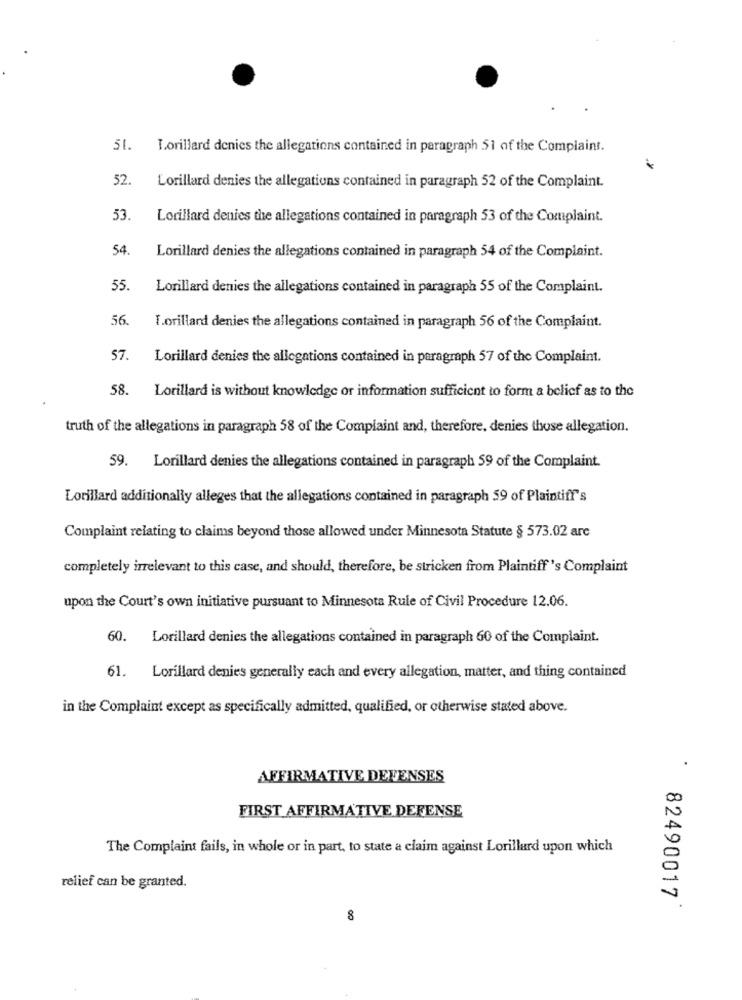
51.
Lorillard denies the allegations contained in paragraph 51 of the Complaint.
52.
Lorillard denies the allegations contained in paragraph 52 of the Complaint.
53.
Lorillard denies the allegations contained in paragraph 53 of the Complaint.
54.
Lorillard denies the allegations contained in paragraph 54 of the Complaint.
55.
Lorillard denies the allegations contained in paragraph 55 of the Complaint.
56.
I.orillard denies the allegations contained in paragraph 56 of the Complaint.
57.
Lorillard denies the allegations contained in paragraph 57 of the Complaint.
58.
Lorillard is without knowledge or information sufficient to form a belief as to the
truth of the allegations in paragraph 58 of the Complaint and, therefore, denies those allegation.
59. Lorillard denies the allegations contained in paragraph 59 of the Complaint.
Lorillard additionally alleges that the allegations contained in paragraph 59 of Plaintiff's
Complaint relating to claims beyond those allowed under Minnesota Statute § 573.02 are
completely irrelevant to this case, and should, therefore, be stricken from Plaintiff's Complaint
upon the Court's own initiative pursuant to Minnesota Rule of Civil Procedure 12.06.
60. Lorillard denies the allegations contained in paragraph 60 of the Complaint.
61. Lorillard denies generally each and every allegation, matter, and thing contained
in the Complaint except as specifically admitted, qualified, or otherwise stated above.
.
AFFIRMATIVE DEFENSES
FIRST AFFIRMATIVE DEFENSE
The Complaint fails, in whole or in part, to state a claim against Lorillard upon which
relief can be granted.
82490017
8